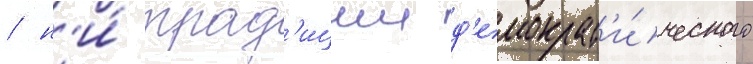
/ н'и́ трад'иции д'емократ'и́ческого